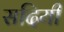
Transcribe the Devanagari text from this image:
सदियीं